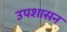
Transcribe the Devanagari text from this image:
उपशासन